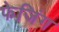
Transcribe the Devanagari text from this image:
फेजिंग